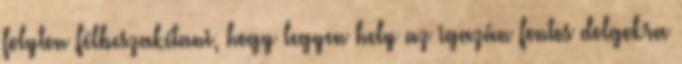
folyton félbeszakítani, hogy legyen hely az igazán fontos dolgokra